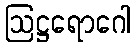
ဩဋ္ဌရောဂေါ